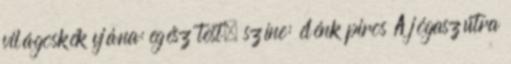
világoskék vjána: egész test, színe: élénk piros A jógaszútra